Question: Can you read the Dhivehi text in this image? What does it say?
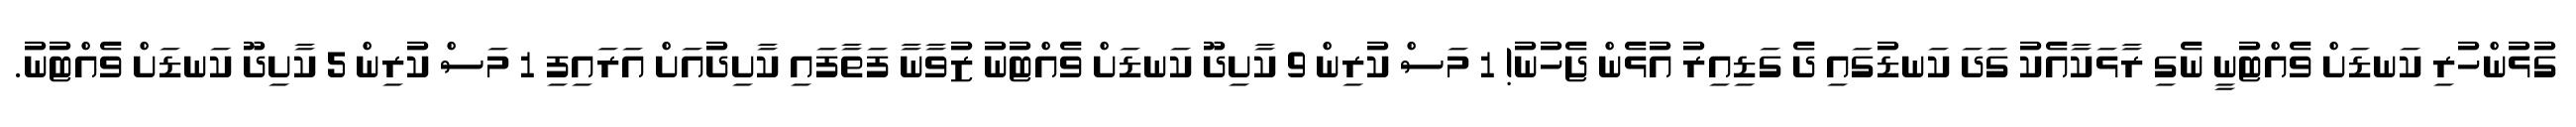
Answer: ގުޅުންހުރި ކަނޑަށް ވެއްޓުނީ ނެގި ރާޅަކާއެކު ގަދަ ކަނޑުގައި ދެ ގަޑިއިރު އުޅެން ޖެހުނު! 1 މަސް ކުރިން 9 ކާށިދޫ ކަނޑަށް ވެއްޓުނު ޒުވާނާ ފަތާފައި ކާށިދުއަށް އަރައިފި 1 މަސް ކުރިން 5 ކާށިދޫ ކަނޑަށް ވެއްޓުނު.